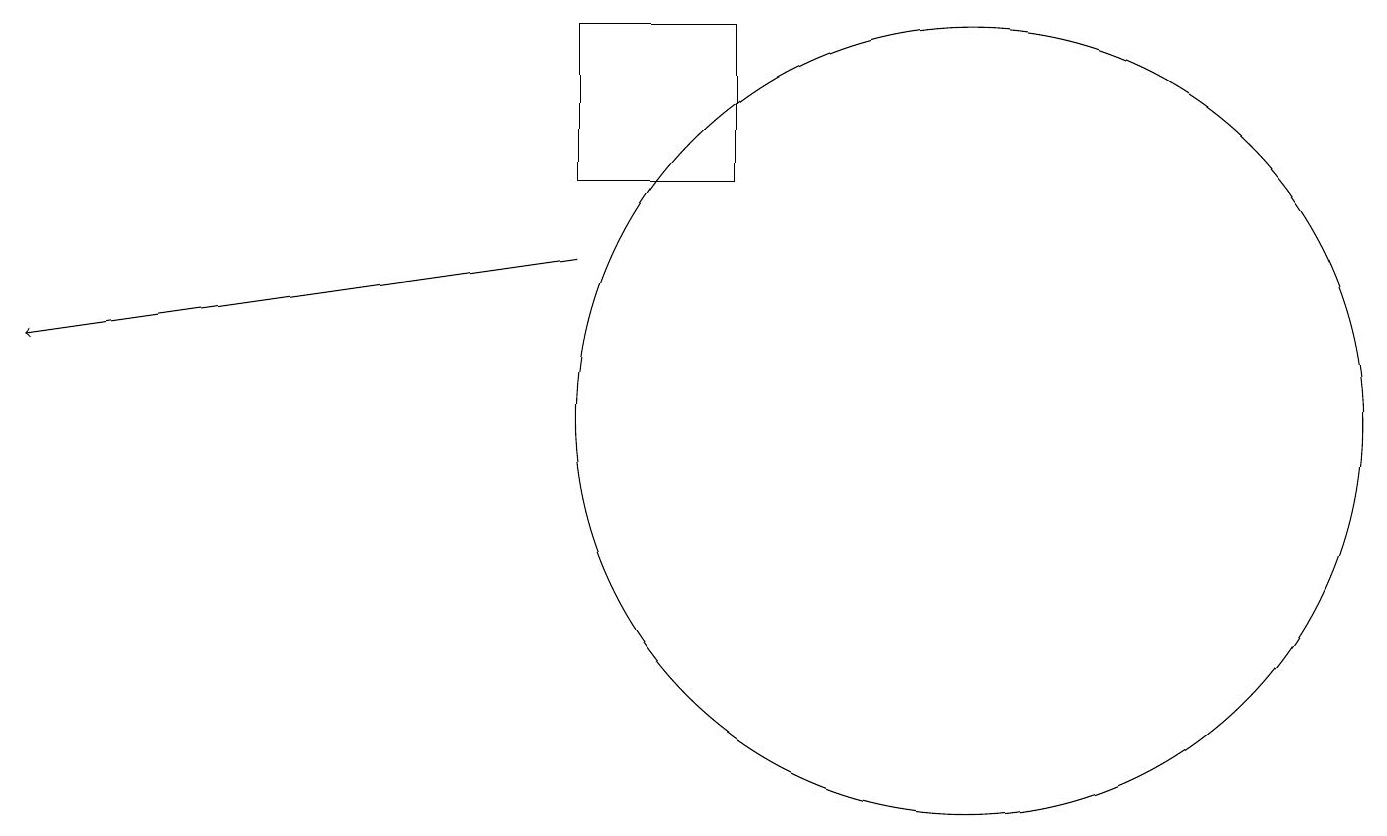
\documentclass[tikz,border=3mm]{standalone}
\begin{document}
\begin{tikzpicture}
\draw[->] (7,13) -- (0,12);
\draw (9,14) rectangle (7,16);
\draw (12,11) circle (5);
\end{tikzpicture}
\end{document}